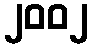
၂၀၀၂